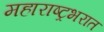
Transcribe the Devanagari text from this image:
महाराष्ट्रभरात